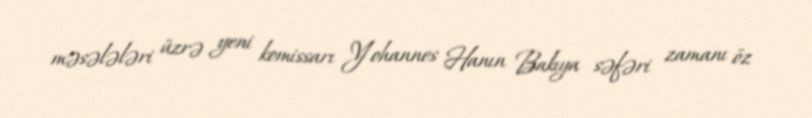
məsələləri üzrə yeni komissarı Yohannes Hanın Bakıya səfəri zamanı öz